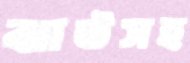
ঝাউসহ